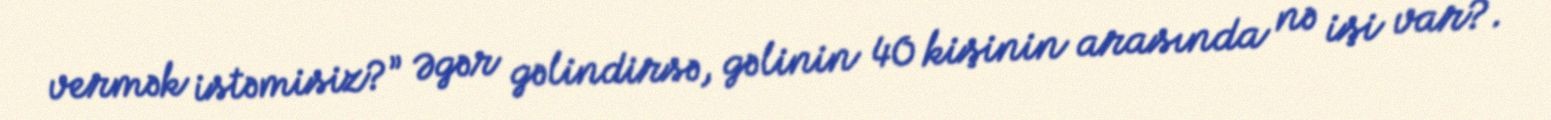
vermək istəmisiz?” Əgər gəlindirsə, gəlinin 40 kişinin arasında nə işi var?.